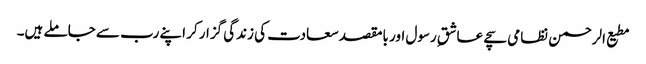
مطیع الرحمن نظامی سچے عاشقِ رسول اور بامقصد سعادت کی زندگی گزار کر اپنے رب سے جاملے ہیں۔